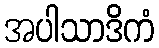
အပါသာဒိကံ